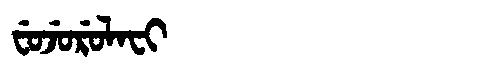
Manchu: ᠸᡠᠵᡠᡵᡠᠯᠠᠸᡳ
Romanization: FUJURULAFI